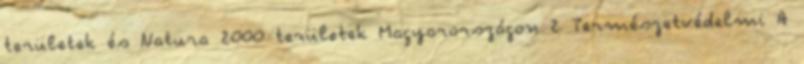
területek és Natura 2000 területek Magyarországon 2 Természetvédelmi A